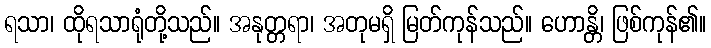
ရသာ၊ ထိုရသာရုံတို့သည်။ အနုတ္တရာ၊ အတုမရှိ မြတ်ကုန်သည်။ ဟောန္တိ၊ ဖြစ်ကုန်၏။